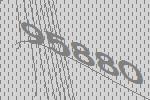
95880